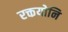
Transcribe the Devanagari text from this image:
रक्तयोनि